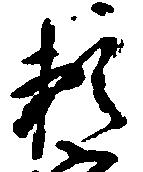
頼